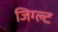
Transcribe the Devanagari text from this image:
जिग्ल्ट